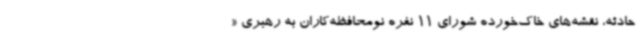
حادثه، نقشه‌های خاک‌خورده شورای 11 نفره نومحافظه‌کاران به رهبری «